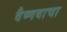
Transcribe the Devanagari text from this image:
वैष्णवाचा